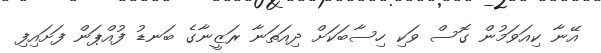
އޭނާ ކިއަވަމުން ގޮސް ވަކި ހިސާބަކަށް ދިއަތަނާ ރަޒީނާގެ ބަނޑު ފުއްޕަން ފަށައިފި